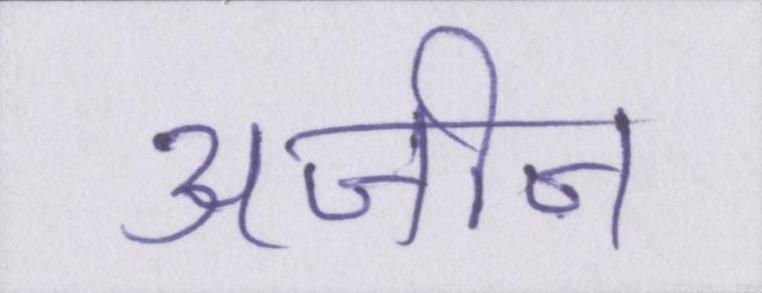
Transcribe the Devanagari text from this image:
अजीज